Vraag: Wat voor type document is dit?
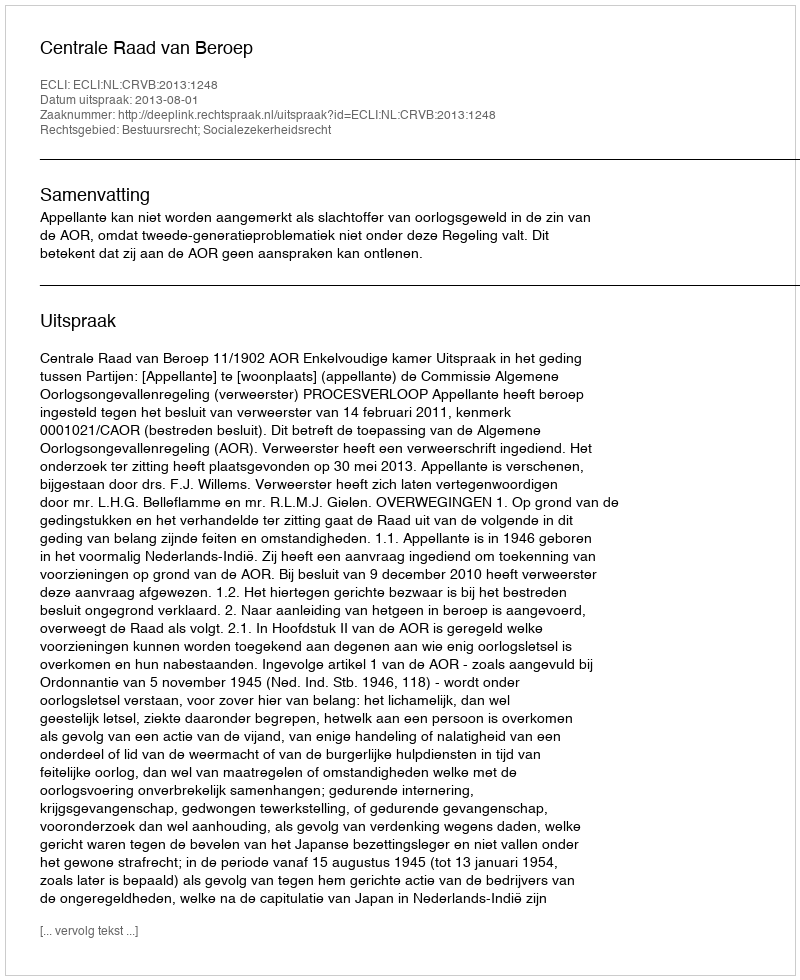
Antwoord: Uitspraak